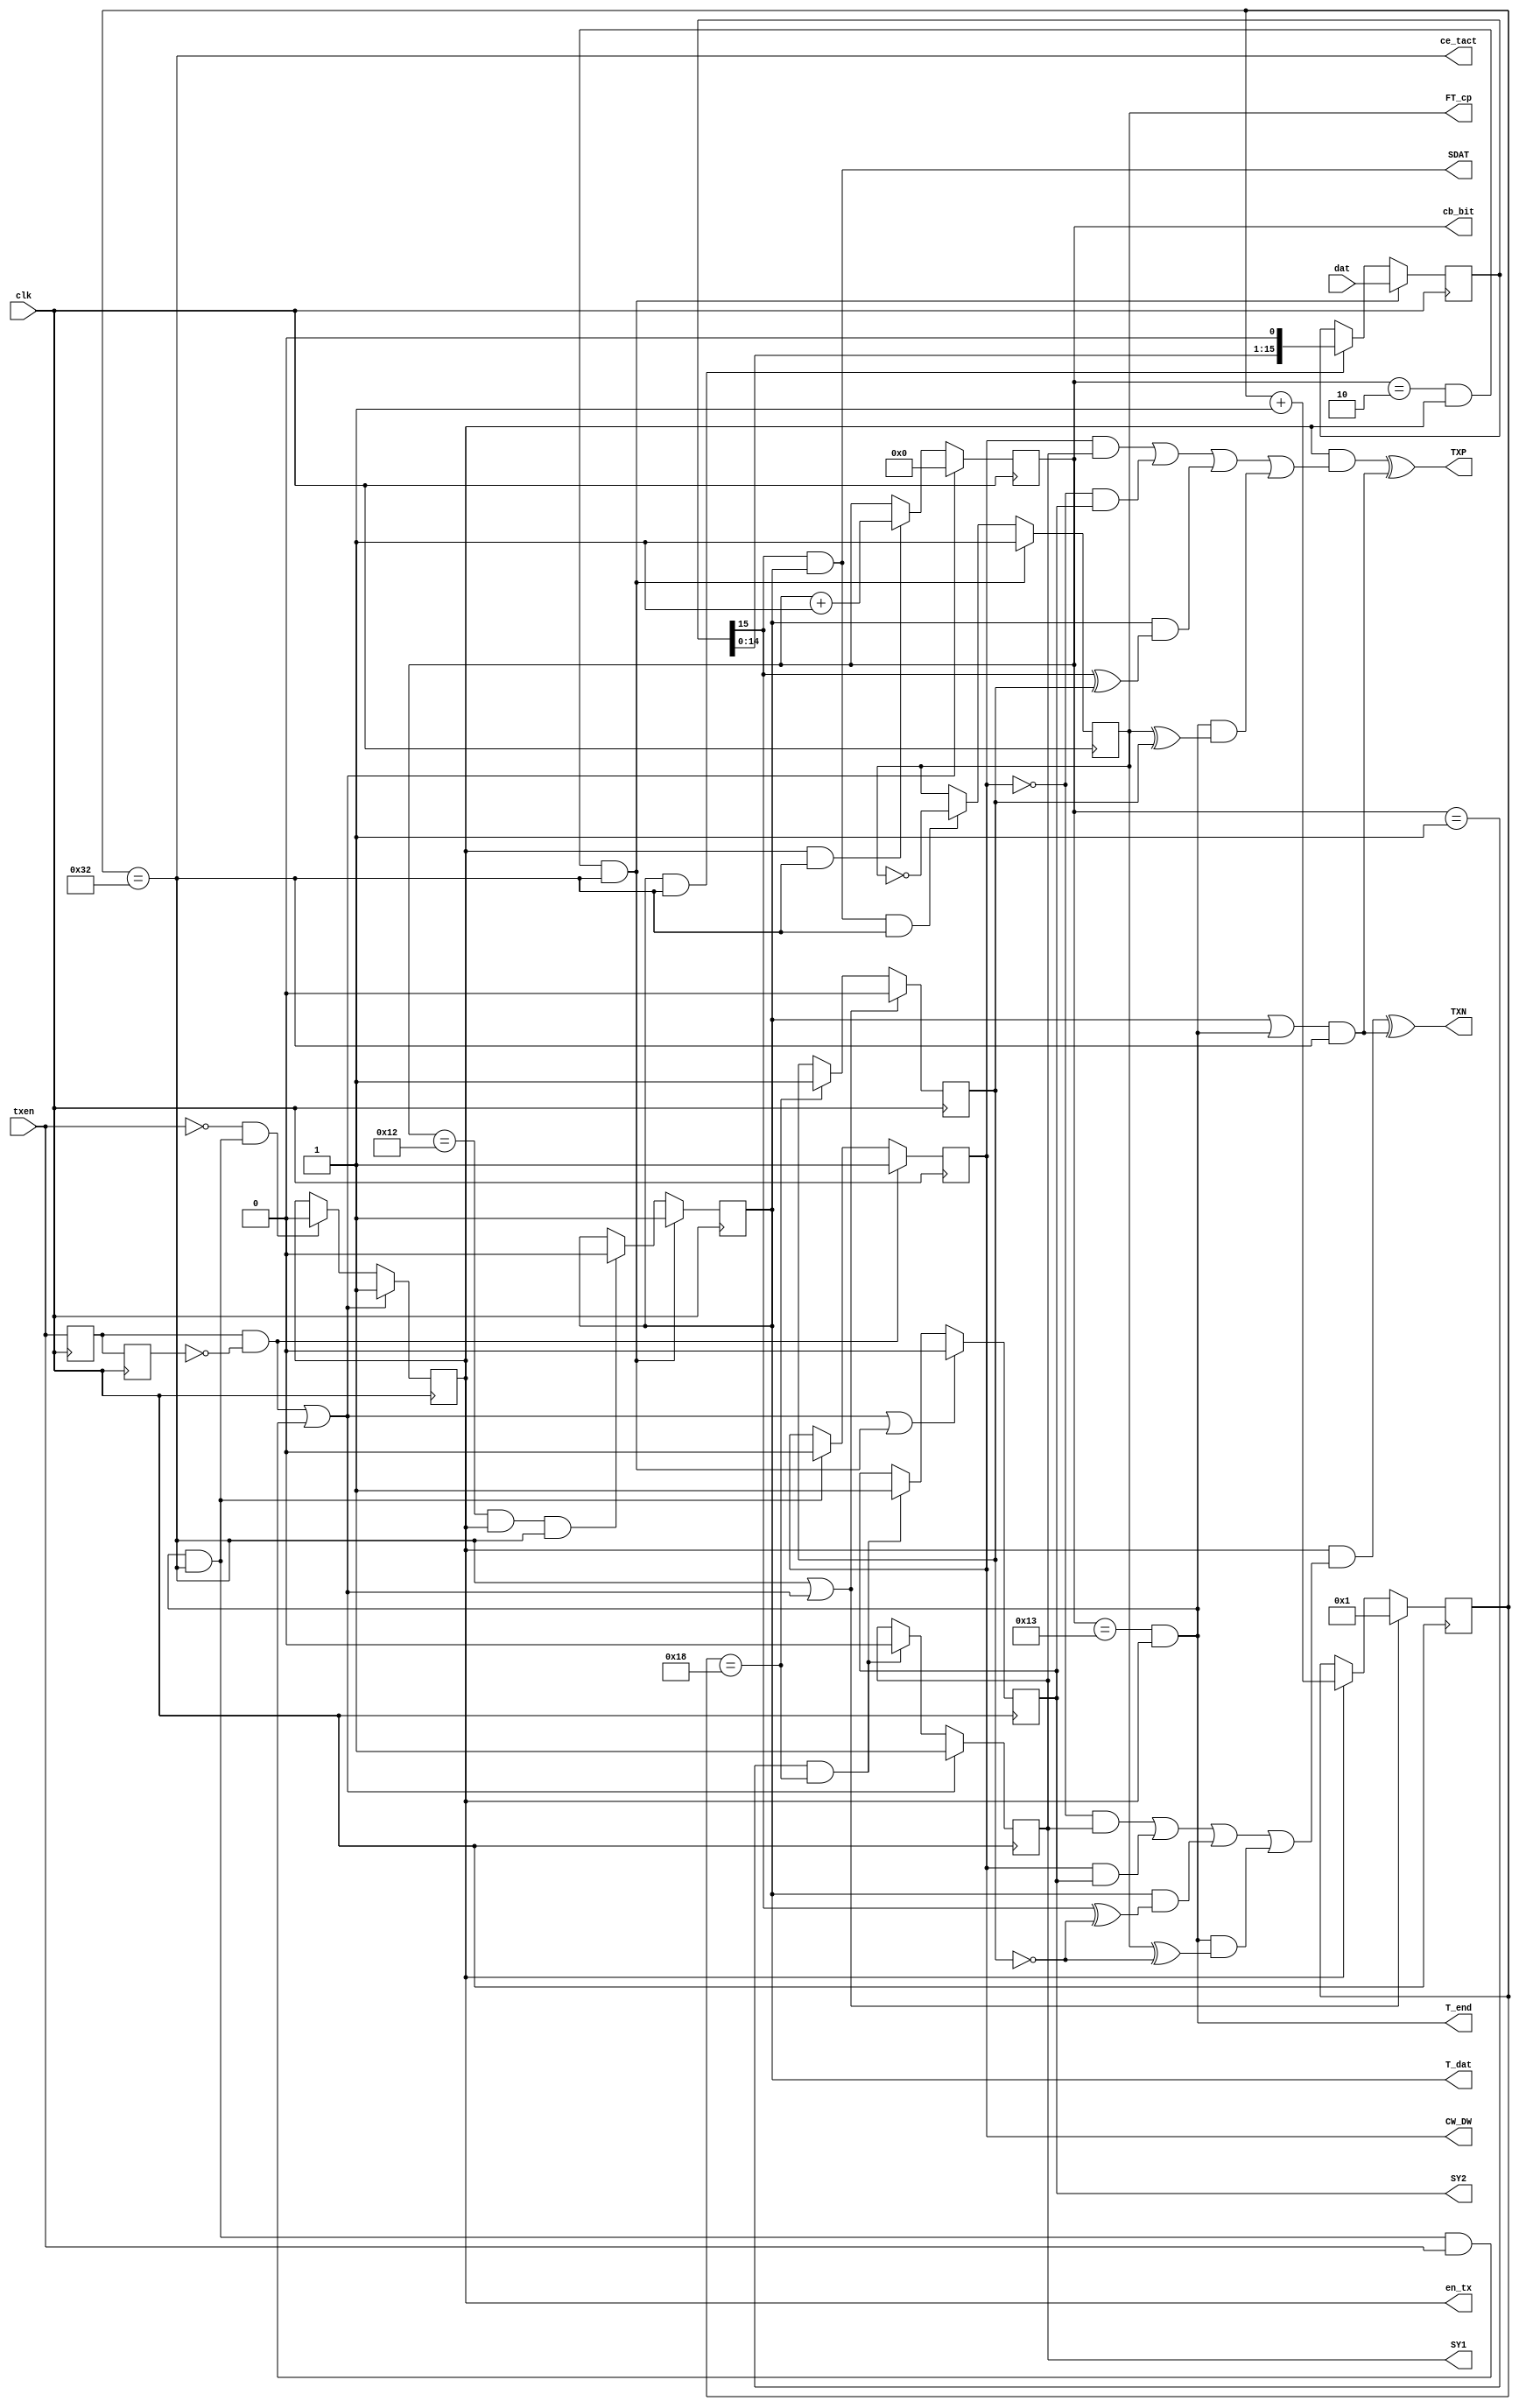
`timescale 1ns / 1ps
//////////////////////////////////////////////////////////////////////////////////
// Company: 
// Engineer: 
// 
// Design Name: 
// Module Name:    MIL_TXD 
// Project Name: 
// Target Devices: 
// Tool versions: 
// Description: 
//
// Dependencies: 
//
// Revision: 
// Revision 0.01 - File Created
// Additional Comments: 
//
//////////////////////////////////////////////////////////////////////////////////
module MIL_TXD(
	input clk, 
	output wire TXP, // "" 
	input[15:0]dat, 
	output wire TXN, //"" 
	input txen, 
	output reg SY1=0, //  
	output reg SY2=0, //  
	output reg en_tx=0, // 
	output reg T_dat=0, // 
	output wire T_end, //  
	output wire SDAT, // 
	output reg FT_cp=1, // 
	output reg[4:0] cb_bit=0, //  
	output wire ce_tact,
	output reg CW_DW=1 /*CW_DW=1 -., CW_DW=0 -*/
);

parameter TXvel = 1000000 ;// 1MHz
parameter Fclk= 50000000 ;// 50 MHz
reg[5:0] cb_tact =0; // 
reg ttxen=0, tttxen=0 ; //  Tce_tact  
reg QM =0; //
assign ce_tact = (cb_tact==Fclk/TXvel) ; //Tce_tact=Tbit=1us
wire ce_end = T_end & ce_tact ;//   
wire st = (ttxen &!tttxen) | (ce_end & txen); //    
reg[15:0] sr_dat=0 ;//   
wire st_Tdat= (cb_bit==2) & en_tx& ce_tact; //    
wire st18 = (cb_bit==18) & en_tx; //  
assign T_end= (cb_bit==19) & en_tx; // ,   

assign TXP =	(en_tx& (( CW_DW& SY1) 		| //""  
					(!CW_DW & SY2)    			|
					(T_dat & (sr_dat[15]^QM))  | 
					(T_end & (FT_cp^QM)))) ^ ((T_dat | T_end) & ce_tact);
					
assign TXN = 	(en_tx & ((!CW_DW & SY1) 	| //"" 
					(CW_DW & SY2)   				| 
					(T_dat & (sr_dat[15]^!QM))	| 
					(T_end & (FT_cp^!QM)))) ^ ((T_dat | T_end) & ce_tact);
					
assign SDAT= sr_dat[15] & T_dat; // 

always @(posedge clk) begin
	ttxen <= txen ; tttxen <= ttxen; //  Tclk 
	cb_tact <= (ce_tact | st)? 1 : en_tx? cb_tact+1 : cb_tact ; // Tcet=Tbit/2=0.5us
	QM <= (st | ce_tact)? 0 : (cb_tact==24)? 1 : QM; /*    */
	SY1 <= st? 1: ((cb_bit==1) & (cb_tact==24))? 0 : SY1;
	SY2 <= (st | st_Tdat)? 0 : ((cb_bit==1) & (cb_tact==24))? 1 : SY2;
	en_tx <= st? 1 : (!txen & ce_end)? 0 : en_tx;
	cb_bit <= st? 0 : (en_tx & ce_tact)? cb_bit+1 : cb_bit;
	T_dat <= st_Tdat? 1 : st18 & ce_tact? 0 : T_dat;
	sr_dat <= st_Tdat? dat : (T_dat & ce_tact)? sr_dat<<1 : sr_dat;
	FT_cp <= st_Tdat? 1 : (T_dat & sr_dat[15] & ce_tact)? !FT_cp : FT_cp;
	CW_DW <= (ttxen & !tttxen)? 1 : ce_end? 0 : CW_DW; 
end

endmodule